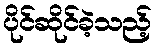
ပိုင်ဆိုင်ခဲ့သည့်